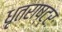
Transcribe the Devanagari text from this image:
धृतराष्ट्रः